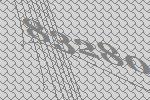
83280